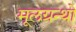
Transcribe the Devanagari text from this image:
मूलग्रन्थो